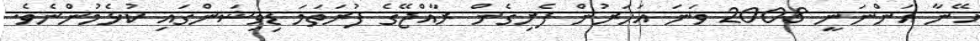
އޭނާ އަންނަނީ 2008 ވަނަ އަހަރުން ފެށިގެން ރާއްޖޭގެ ފުރަތަމަ ޑިވިޝަންގައި ކުޅެމުންނެވެ.